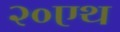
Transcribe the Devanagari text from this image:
२०एथ